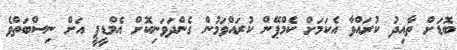
ބޮޑަށް ތާއިދު ކުރައްވާ އެކަމަށް ކެމްޕޭން ކުރައްވަމުން ގެންދަވަނިކޮށް އެމްޑީޕީ އަށް ނިސްބަތްވެ